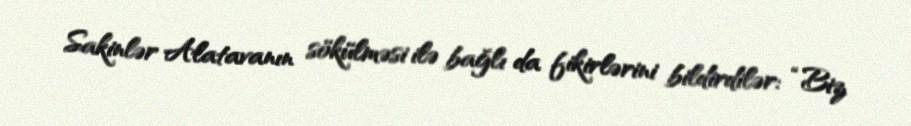
Sakinlər Alatavanın sökülməsi ilə bağlı da fikirlərini bildirdilər: “Biz